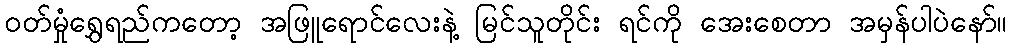
ဝတ်မှုံရွှေရည်ကတော့ အဖြူရောင်လေးနဲ့ မြင်သူတိုင်း ရင်ကို အေးစေတာ အမှန်ပါပဲနော်။